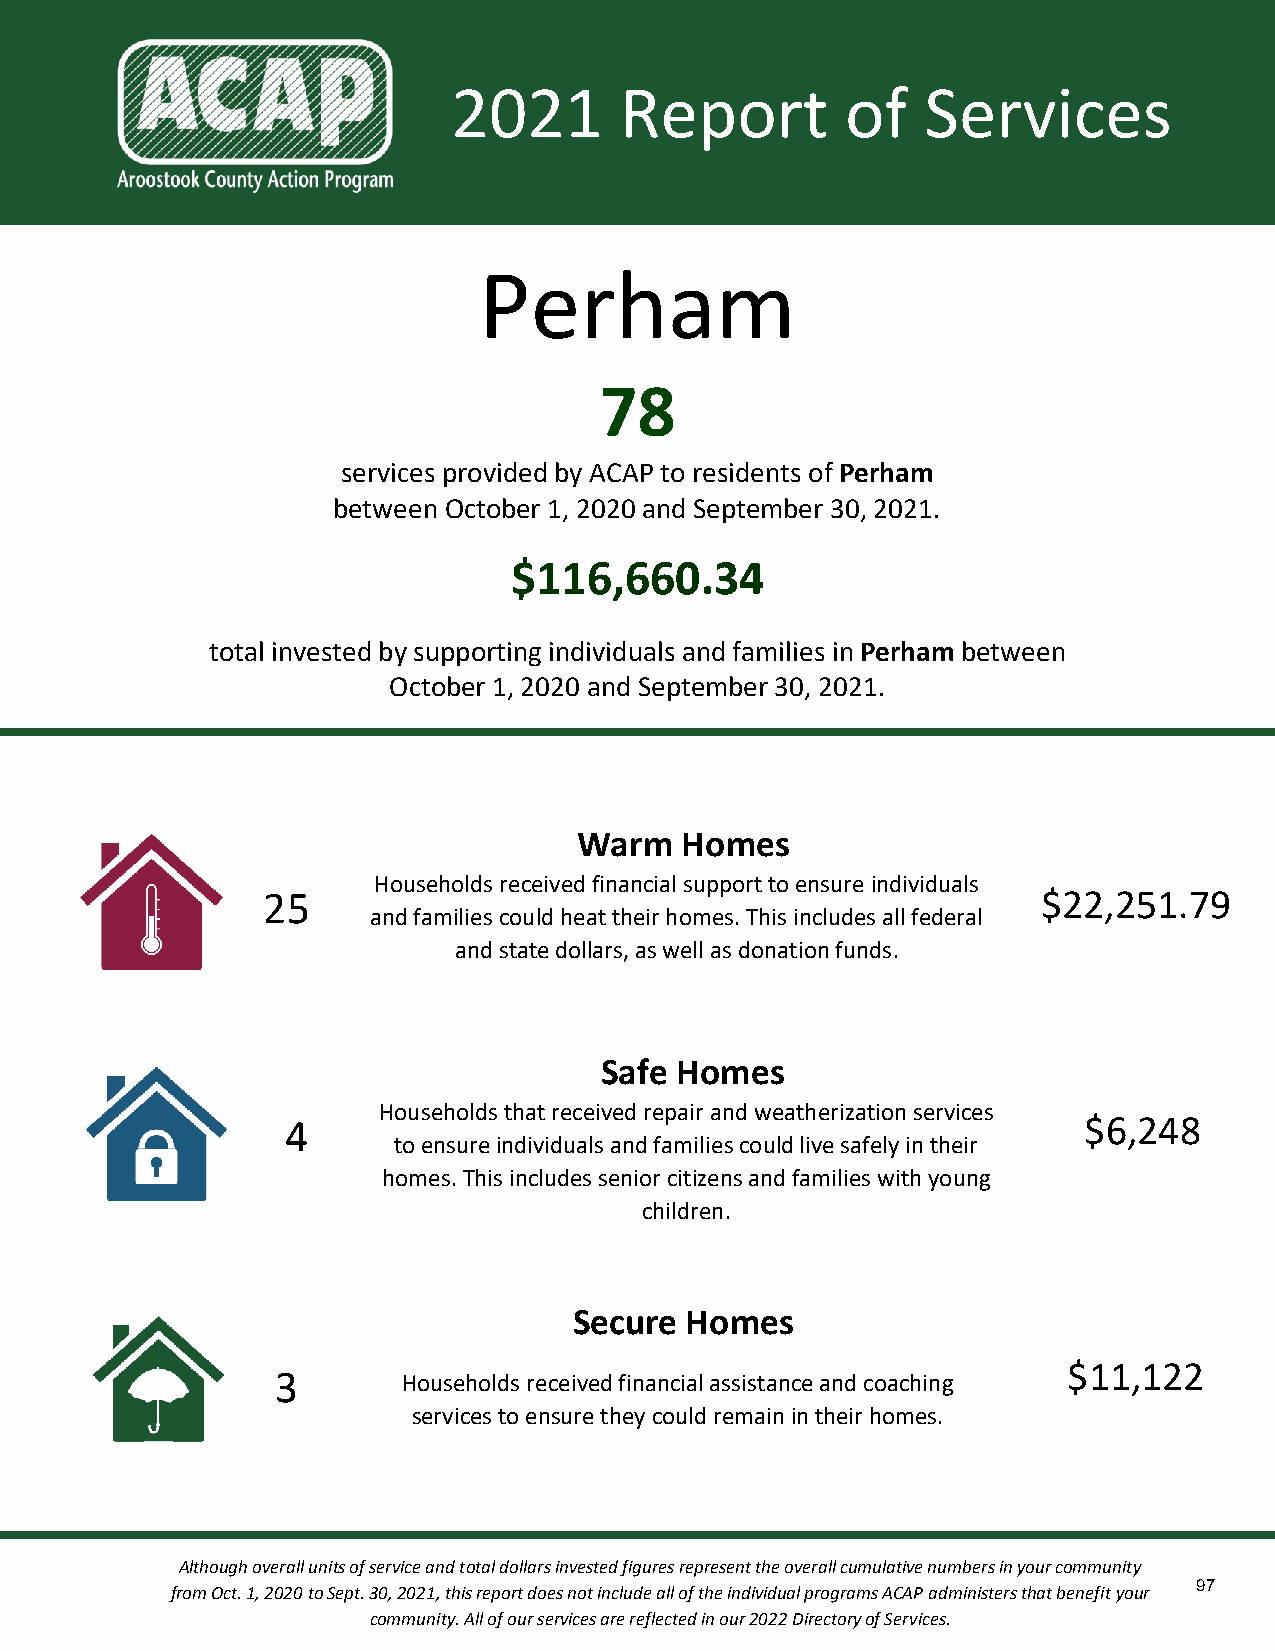
2021       Report         of   Services
 Perham
 78
 services provided by ACAP to residents of Perham
 between October 1, 2020 and September 30, 2021.
 $116,660.34
 total invested by supporting individuals and families in Perham between
 October 1, 2020 and September 30, 2021.
 Warm   Homes
 Households received financial support to ensure individuals
 25                                                  $22,251.79
 and families could heat their homes. This includes all federal
 and state dollars, as well as donation funds.
 Safe Homes
 Households that received repair and weatherization services
 4                                                    $6,248
 to ensure individuals and families could live safely in their
 homes. This includes senior citizens and families with young
 children.
 Secure Homes
 $11,122
 3        Households received financial assistance and coaching
 services to ensure they could remain in their homes.
 Although overall units of service and total dollars invested figures represent the overall cumulative numbers in your community
 97
 from Oct. 1, 2020 to Sept. 30, 2021, this report does not include all of the individual programs ACAP administers that benefit your
 community. All of our services are reflected in our 2022 Directory of Services.